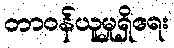
တာဝန်ယူမှုရှိရေး